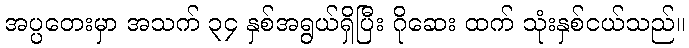
အပ္ပတေးမှာ အသက် ၃၄ နှစ်အရွယ်ရှိပြီး ဂိုဆေး ထက် သုံးနှစ်ငယ်သည်။